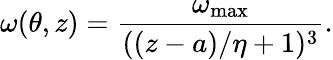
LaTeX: \omega(\theta,z)=\frac{\omega_{\mathrm{max}}}{((z-a)/\eta+1)^{3}}.